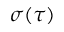
\sigma ( \tau )